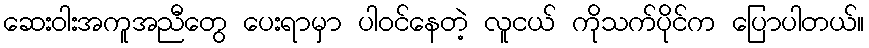
ဆေးဝါးအကူအညီတွေ ပေးရာမှာ ပါဝင်နေတဲ့ လူငယ် ကိုသက်ပိုင်က ပြောပါတယ်။